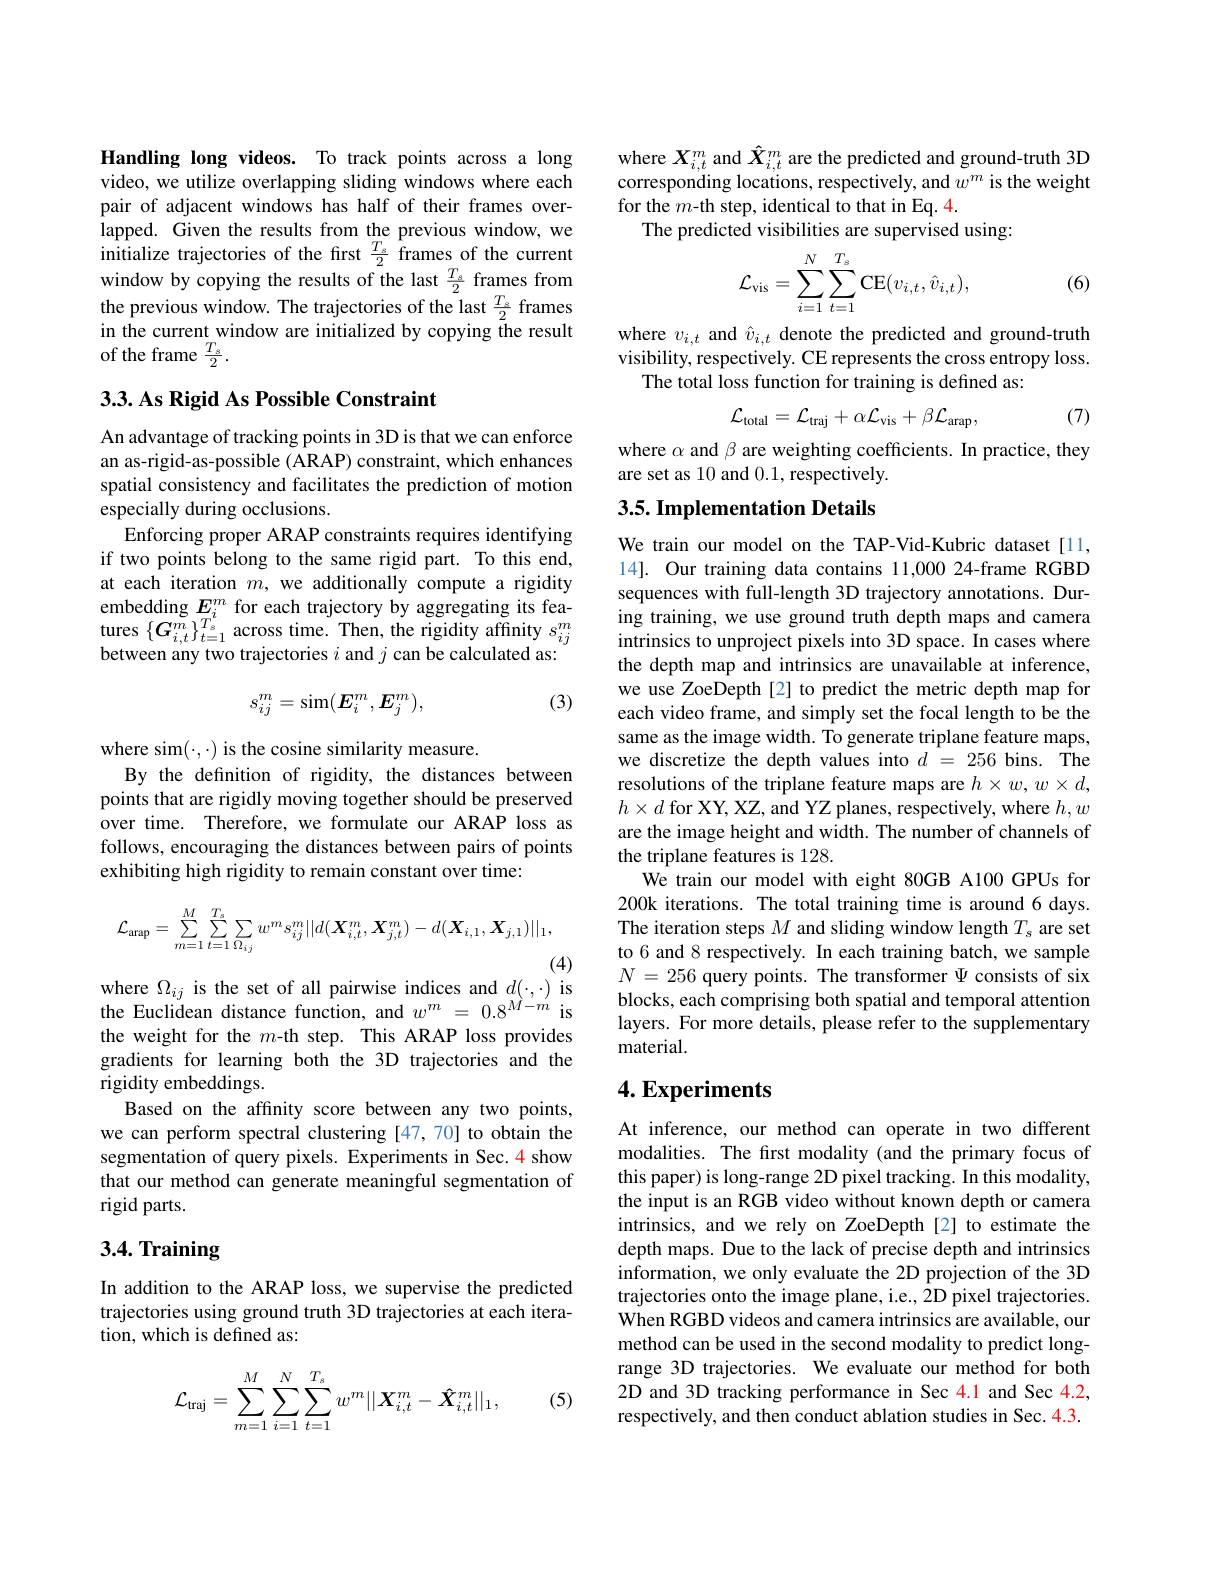
Handling long videos. To track points across a long video, we utilize overlapping sliding windows where each pair of adjacent windows has half of their frames overlapped. Given the results from the previous window, we initialize trajectories of the first $\frac{T_s}2$ frames of the current window by copying the results of the last $\frac{T_{s}}{2}$ frames from the previous window. The trajectories of the last $\frac{T_{s}}{2}$ frames in the current window are initialized by copying the result of the frame $\frac{T_{s}}{2}.$

## $3. 3. \textbf{As Rigid As Possible Constraint}$

An advantage of tracking points in 3D is that we can enforce an as-rigid-as-possible (ARAP) constraint, which enhances spatial consistency and facilitates the prediction of motion especially during occlusions.
Enforcing proper ARAP constraints requires identifying if two points belong to the same rigid part. To this end, at each iteration $m$, we additionally compute a rigidity embedding $E_i^{m}$ for each trajectory by aggregating its fea- $\begin{array}{l}{\mathrm{tures~}\{\boldsymbol{G}_{i,t}^{m}\}_{t=1}^{T_{s}}}^{T_{s}}&{\mathrm{across~time.~Then,~the~rigidity~affinity~}s_{ij}^{m}}\\{\mathrm{between~any~two~trajectories~}i\mathrm{~and~}j\mathrm{~can~be~calculated~as:}}\end{array}$

(3)
$$s_{ij}^m=\mathrm{sim}(E_i^m,E_j^m),$$
where sim$(\cdot,\cdot)$ is the cosine similarity measure.
By the definition of rigidity, the distances between points that are rigidly moving together should be preserved over time. Therefore, we formulate our ARAP loss as follows, encouraging the distances between pairs of points exhibiting high rigidity to remain constant over time:
$$\mathcal{L}_{\mathrm{arap}}=\sum_{m=1}^{M}\sum_{t=1}^{T_{s}}\sum_{\Omega_{ij}}w^{m}s_{ij}^{m}||d(\boldsymbol{X}_{i,t}^{m},\boldsymbol{X}_{j,t}^{m})-d(\boldsymbol{X}_{i,1},\boldsymbol{X}_{j,1})||_{1},$$
(4)

$\begin{array}{l}\mathrm{where~\Omega_{ij}~is~the~set~of~all~pairwise~indices~and~}d(\cdot,\cdot)~is\\\mathrm{the~Euclidean~distance~function,~and~}w^{m}=0.8^{M-m}~is\end{array}$

the weight for the $m$-th step. This ARAP loss provides gradients for learning both the 3D trajectories and the rigidity embeddings.
Based on the affinity score between any two points, we can perform spectral clustering [47,70] to obtain the segmentation of query pixels. Experiments in Sec.4 show that our method can generate meaningful segmentation of rigid parts.

# 3.4. Training

In addition to the ARAP loss, we supervise the predicted trajectories using ground truth 3D trajectories at each iteration, which is defined as:

(5)
$$\mathcal{L}_{\mathrm{traj}}=\sum_{m=1}^{M}\sum_{i=1}^{N}\sum_{t=1}^{T_{s}}w^{m}||\boldsymbol{X}_{i,t}^{m}-\boldsymbol{\hat{X}}_{i,t}^{m}||_{1},$$
where $X_{i,t}^{m}$ and $\hat{\boldsymbol{X}}_{i,t}^{m}$ are the predicted and ground-truth 3D corresponding locations, respectively, and $w^m$ is the weight for the $m$-th step, identical to that in Eq. 4.
The predicted visibilities are supervised using
$$\mathcal{L}_{\mathrm{vis}}=\sum_{i=1}^{N}\sum_{t=1}^{T_{s}}\mathrm{CE}(v_{i,t},\hat{v}_{i,t}),$$
(6)

where $v_{i,t}$ and $\hat{v}_{i,t}$ denote the predicted and ground-truth visibility, respectively. CE represents the cross entropy loss.
The total loss function for training is defined as:
$$\mathcal{L}_{\mathrm{total}}=\mathcal{L}_{\mathrm{traj}}+\alpha\mathcal{L}_{\mathrm{vis}}+\beta\mathcal{L}_{\mathrm{arap}},$$
(7)

where $\alpha$ and $\beta$ are weighting coefficients. In practice, they
are set as 10 and 0.1,respectively.

## 3.5. Implementation Details

We train our model on the TAP-Vid-Kubric dataset[11, 14]. Our training data contains 11,000 24-frame RGBD sequences with full-length 3D trajectory annotations. During training, we use ground truth depth maps and camera intrinsics to unproject pixels into 3D space. In cases where the depth map and intrinsics are unavailable at inference, we use ZoeDepth[2] to predict the metric depth map for each video frame, and simply set the focal length to be the same as the image width. To generate triplane feature maps, we discretize the depth values into $d=256$ bins. The resolutions of the triplane feature maps are $h\times w,w\times d$, $h\times d$ for XY, XZ, and YZ planes, respectively, where $h,w$ are the image height and width. The number of channels of the triplane features is 128
We train our model with eight 80GB A100 GPUs for 200k iterations. The total training time is around 6 days. The iteration steps $M$ and sliding window length $T_s$ are set to 6 and 8 respectively. In each training batch, we sample $N=256$ query points. The transformer $\Psi$ consists of six blocks, each comprising both spatial and temporal attention layers. For more details, please refer to the supplementary material.

## $4. \textbf{Experiments}$

At inference, our method can operate in two different modalities. The first modality (and the primary focus of this paper) is long-range 2D pixel tracking. In this modality, the input is an RGB video without known depth or camera intrinsics, and we rely on ZoeDepth[2] to estimate the depth maps. Due to the lack of precise depth and intrinsics information, we only evaluate the 2D projection of the 3D trajectories onto the image plane, i.e., 2D pixel trajectories When RGBD videos and camera intrinsics are available, our method can be used in the second modality to predict longrange 3D trajectories. We evaluate our method for both 2D and 3D tracking performance in Sec 4.1 and Sec 4.2, respectively, and then conduct ablation studies in Sec. 4.3.